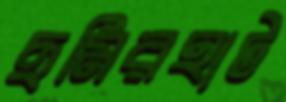
ছমিরহাট